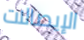
الإيصالات